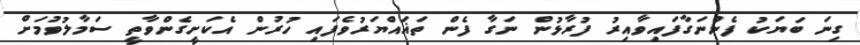
ގިނަ ބަޔަކު ފެންނަގާފައިވާއިރު ފުރާޅުން ނަގާ ފެން ތަޣައްޔަރުވެފައި ހުރުން އެކަށީގެންވާތީ ސަމާލުވުމަށް